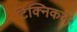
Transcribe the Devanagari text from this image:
टेक्‍निकल